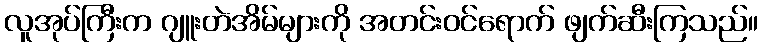
လူအုပ်ကြီးက ဂျူးတဲအိမ်များကို အတင်းဝင်ရောက် ဖျက်ဆီးကြသည်။